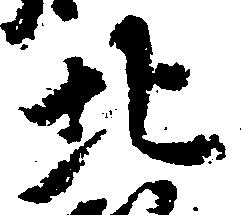
北